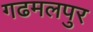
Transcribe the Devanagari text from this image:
गढमलपुर